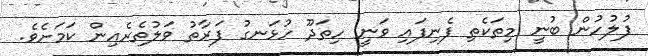
ފުލުހުން ބުނީ މިތަކެތި ފެނިފައި ވަނީ ހިތަދޫ ހުޅަނގު ފަރާތު ވަލުތެރެއިން ކަމަށެވެ.